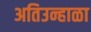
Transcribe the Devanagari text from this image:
अतिउन्हाळा